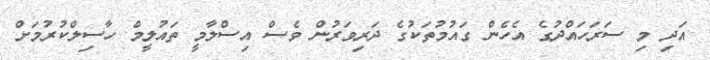
އަދި މި ސަރަހައްދުގެ އެހެން ގައުމުތަކުގެ ދަރިވަރުން ވެސް އިސްލާމީ ތައުލީމް ހާސިލްކުރުމަށް